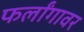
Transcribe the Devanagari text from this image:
फर्लांगावर